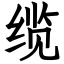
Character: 缆